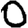
Digit: 0